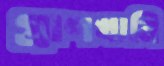
প্রাণখানি